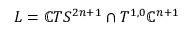
L = \mathbb { C } T S ^ { 2 n + 1 } \cap T ^ { 1 , 0 } \mathbb { C } ^ { n + 1 }